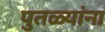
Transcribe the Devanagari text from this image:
पुतळ्यांना